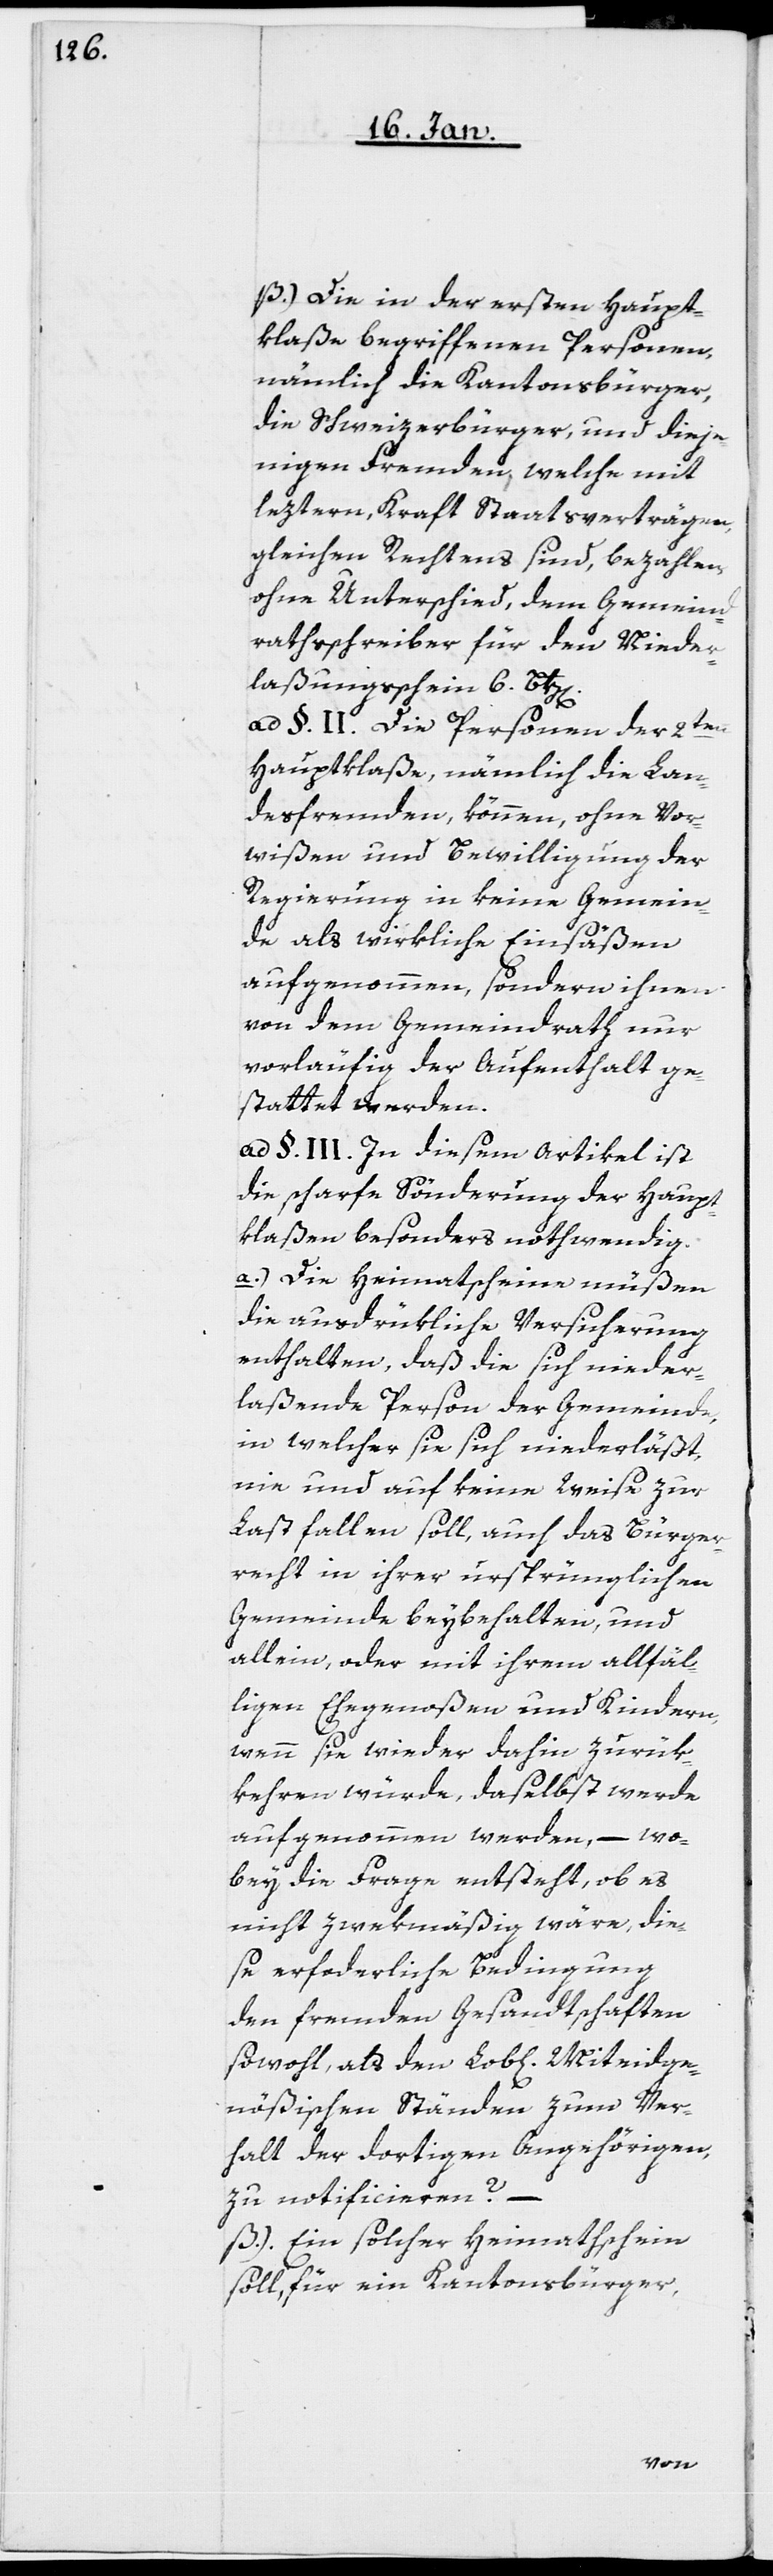
b) Die in der ersten Haupt¬
klaße begriffenen Personen,
nämlich die Kantonsbürger,
die Schweizerbürger und dieje¬
nigen Fremden, welche mit
leztern, Kraft Staatsverträgen
gleichen Rechtens sind, bezahlen,
ohne Unterschied, dem Gemeind¬
rathsschreiber für den Nieder¬
laßungsschein 6. Btz[en].
ad §. II.) Die Personen der 2ten.
Hauptklaße, nämlich die Lan¬
desfremden, können, ohne Vor¬
wißen und Bewilligung der
Regierung in keine Gemein¬
de als wirkliche Einsäßen
aufgenommen, sondern ihnen
von dem Gemeindrath nur
vorläufig der Aufenthalt ge¬
stattet werden.
ad §. III. In diesem Artikel ist
die scharfe Sönderung der Haupt¬
klaßen besonders nothwendig.
a.) Die Heimatscheine müßen
die ausdrückliche Versicherung
enthalten, daß die sich nieder¬
laßende Person der Gemeinde,
in welcher sie sich niederläßt,
nie und auf keine Weise zur
Last fallen soll, auch das Bürger¬
recht in ihrer ursprünglichen
Gemeinde beybehalten, und
allein oder mit ihrem allfäl¬
ligen Ehegenoßen und Kindern,
wenn sie wieder dahin zurük¬
kehren würde, daselbst werde
aufgenommen werden, – wo¬
bey die Frage entsteht, ob es
nicht zwekmäßig wäre, die¬
se erforderliche Bedingung
den fremden Gesandtschaften
sowohl, als den Lob[lichen] Miteidge¬
nößischen Ständen zum Ver¬
halt der dortigen Angehörigen,
zu notificieren?
b.) Ein solcher Heimathschein
soll, für ein Kantonsbürger,